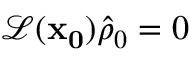
\mathcal { L } ( { \bf x _ { 0 } } ) \hat { \rho } _ { 0 } = 0